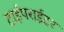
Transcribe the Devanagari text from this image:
टाईपराईटर